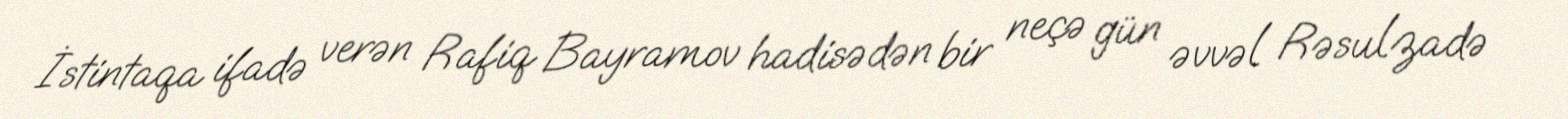
İstintaqa ifadə verən Rafiq Bayramov hadisədən bir neçə gün əvvəl Rəsulzadə